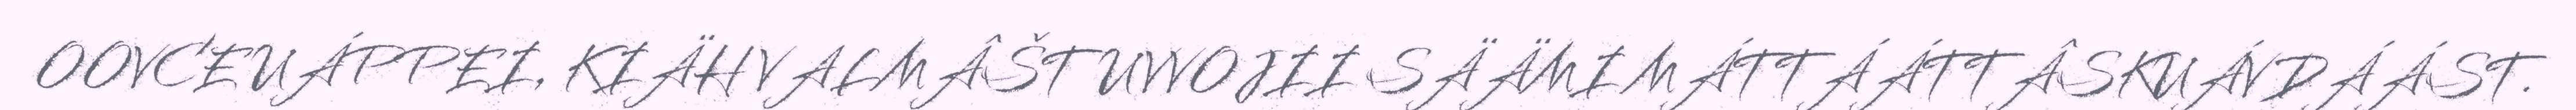
OOVCE UÁPPEI, KIÄH VALMÂŠTUVVOJII SÄÄMI MÁTTÁÁTTÂSKUÁVDÁÁST.